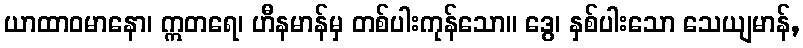
ယာထာဝမာနော၊ ဣတရေ၊ ဟီနမာန်မှ တစ်ပါးကုန်သော။ ဒွေ၊ နှစ်ပါးသော သေယျမာန်,